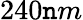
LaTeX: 240\mathtt{n}m